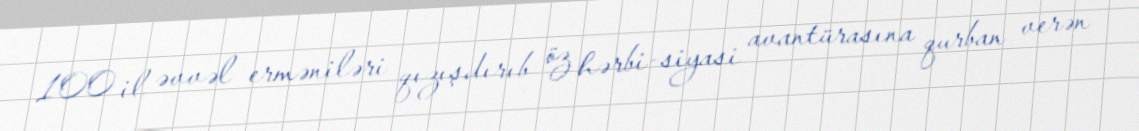
100 il əvvəl erməniləri qızışdırıb öz hərbi-siyasi avantürasına qurban verən